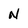
Character: N